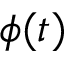
\phi ( t )